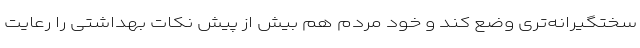
سختگیرانه‌تری وضع کند و خود مردم هم بیش از پیش نکات بهداشتی را رعایت